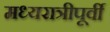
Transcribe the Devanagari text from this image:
मध्यरात्रीपूर्वी